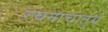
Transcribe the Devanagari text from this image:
रचनाचातुर्य